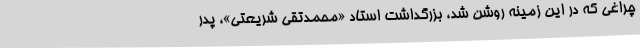
چراغی که در این زمینه روشن شد، بزرگداشت استاد «محمدتقی شریعتی»، پدر